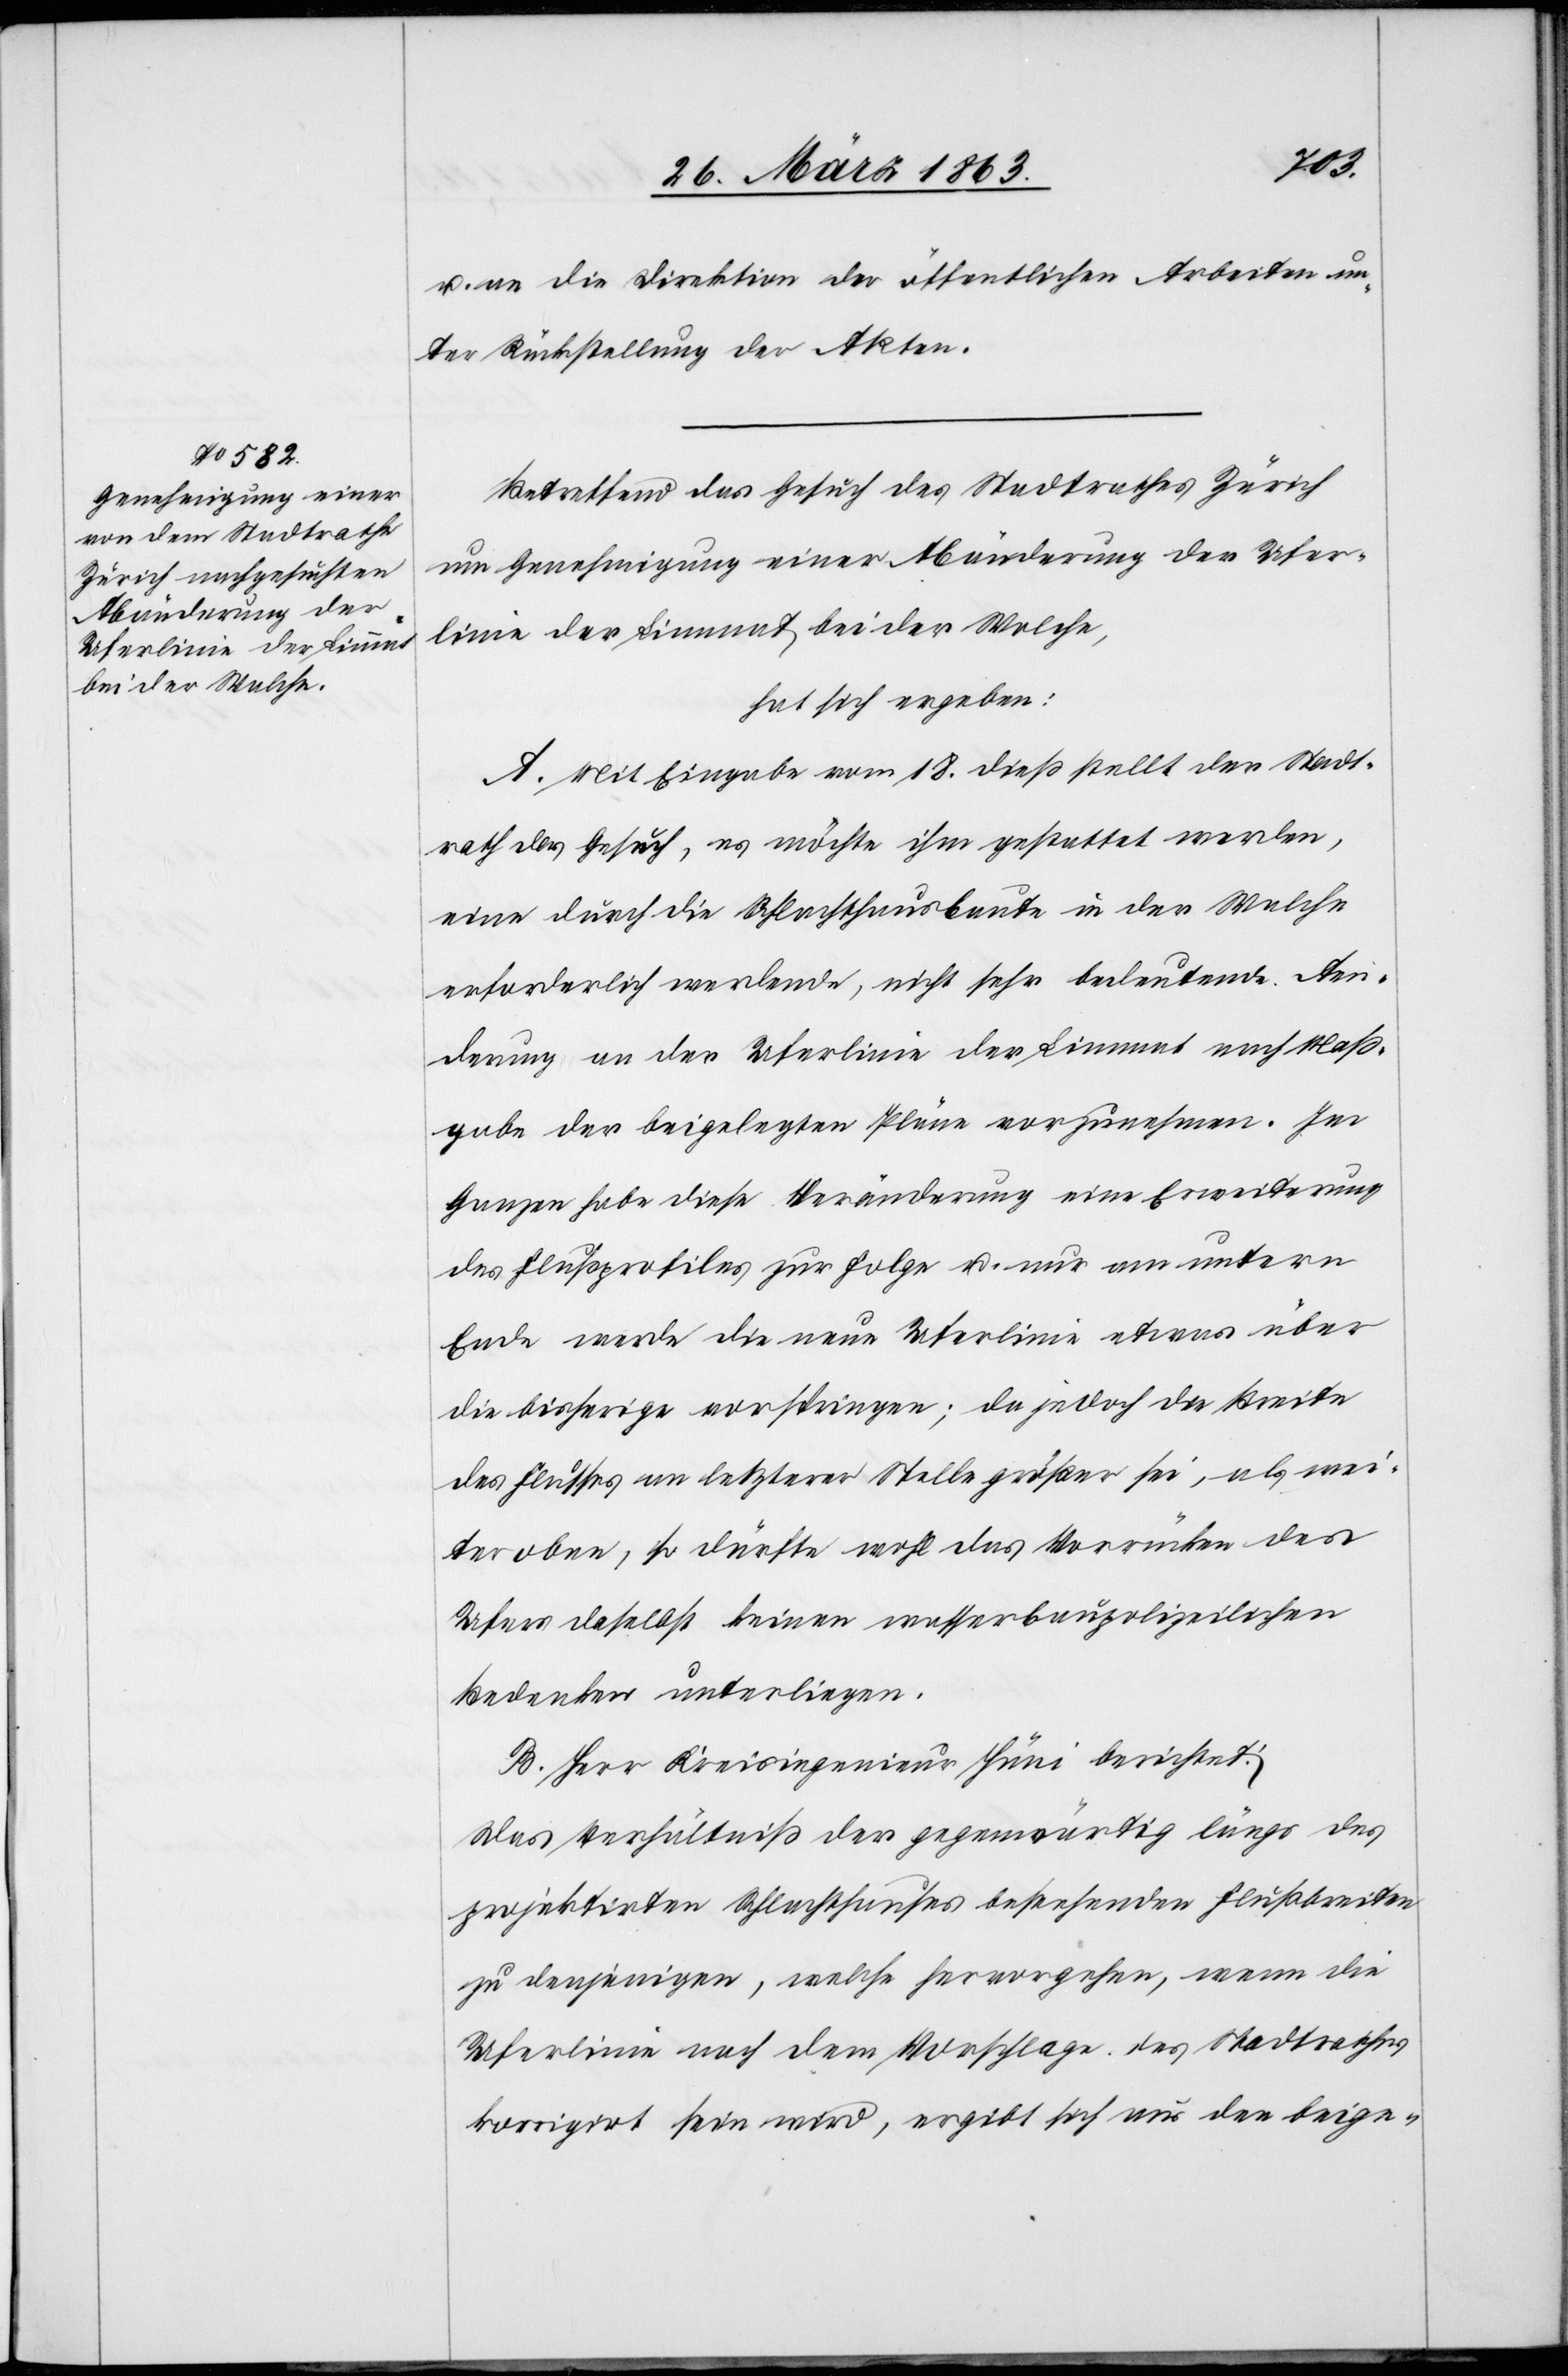
u. an die Direktion der öffentlichen Arbeiten un¬
ter Rückstellung der Akten.
Betreffend das Gesuch des Stadtrathes Zürich
um Genehmigung einer Abänderung der Ufer¬
linie der Limmat bei der Walche,
hat sich ergeben:
A. Mit Eingabe vom 18. dieß stellt der Stadt¬
rathe das Gesuch, es möchte ihm gestattet werden,
eine durch die Schlachthausbaute in der Walche
erforderlich werdende, nicht sehr bedeutende Aen¬
derung an der Uferlinie der Limmat nach Maß¬
gabe der beigelegten Pläne vorzunehmen. Im
Ganzen habe diese Veränderung eine Erweiterung
des Flußprofiles zur Folge u. nur am untern
Ende werde die neue Uferlinie etwas über
die bisherige vorspringen; da jedoch die Breite
des Flusses an letzterer Stelle größer sei, als wei¬
ter oben, so dürfte wohl das Vorrücken des
Ufers daselbst keinen wasserbaupolizeilichen
Bedenken unterliegen.
B. Herr Kreisingenieur Hüni berichtet:
Das Verhältniß der gegenwärtig längs des
projektirten Schlachthauses bestehenden Flußbreiten
zu denjenigen, welche hervorgehen, wenn die
Uferlinie nach dem Vorschlage des Stadtrathes
korrigirt sein wird, ergibt sich aus den beige-